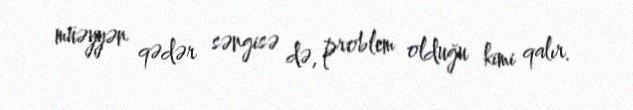
müəyyən qədər səngisə də, problem olduğu kimi qalır.